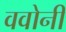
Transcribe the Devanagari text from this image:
ववोनी